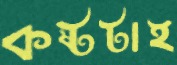
কষ্টটাই